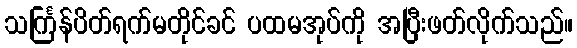
သင်္ကြန်ပိတ်ရက်မတိုင်ခင် ပထမအုပ်ကို အပြီးဖတ်လိုက်သည်။